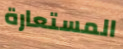
المستعارة